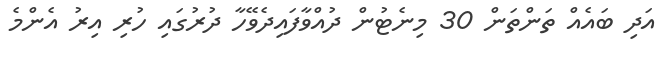
އަދި ބައެއް ތަންތަން 30 މިނެޓުން ދުއްވާފައިދެވޭހާ ދުރުގައި ހުރި އިރު އެންމެ